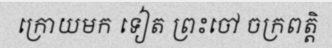
ក្រោយមក ទៀត ព្រះចៅ ចក្រពត្តិ